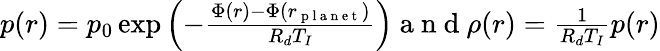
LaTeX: \begin{array}{r}{p(r)=p_{0}\exp\left(-\frac{\Phi(r)-\Phi(r_{\mathrm{~p~l~a~n~e~t~}})}{R_{d}T_{I}}\right)\mathrm{~a~n~d~}\rho(r)=\frac{1}{R_{d}T_{I}}p(r)}\end{array}